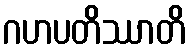
ဂဟပတိဿာတိ